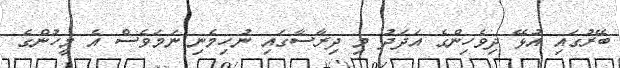
ބޭރުގައި އުޅޭ ދިވެހިންގެ އަދަދު މި ދިރާސާގައި ނުހިމެނި ނަމަވެސް އެ މީހުންގެ